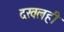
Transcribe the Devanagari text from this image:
दखलही